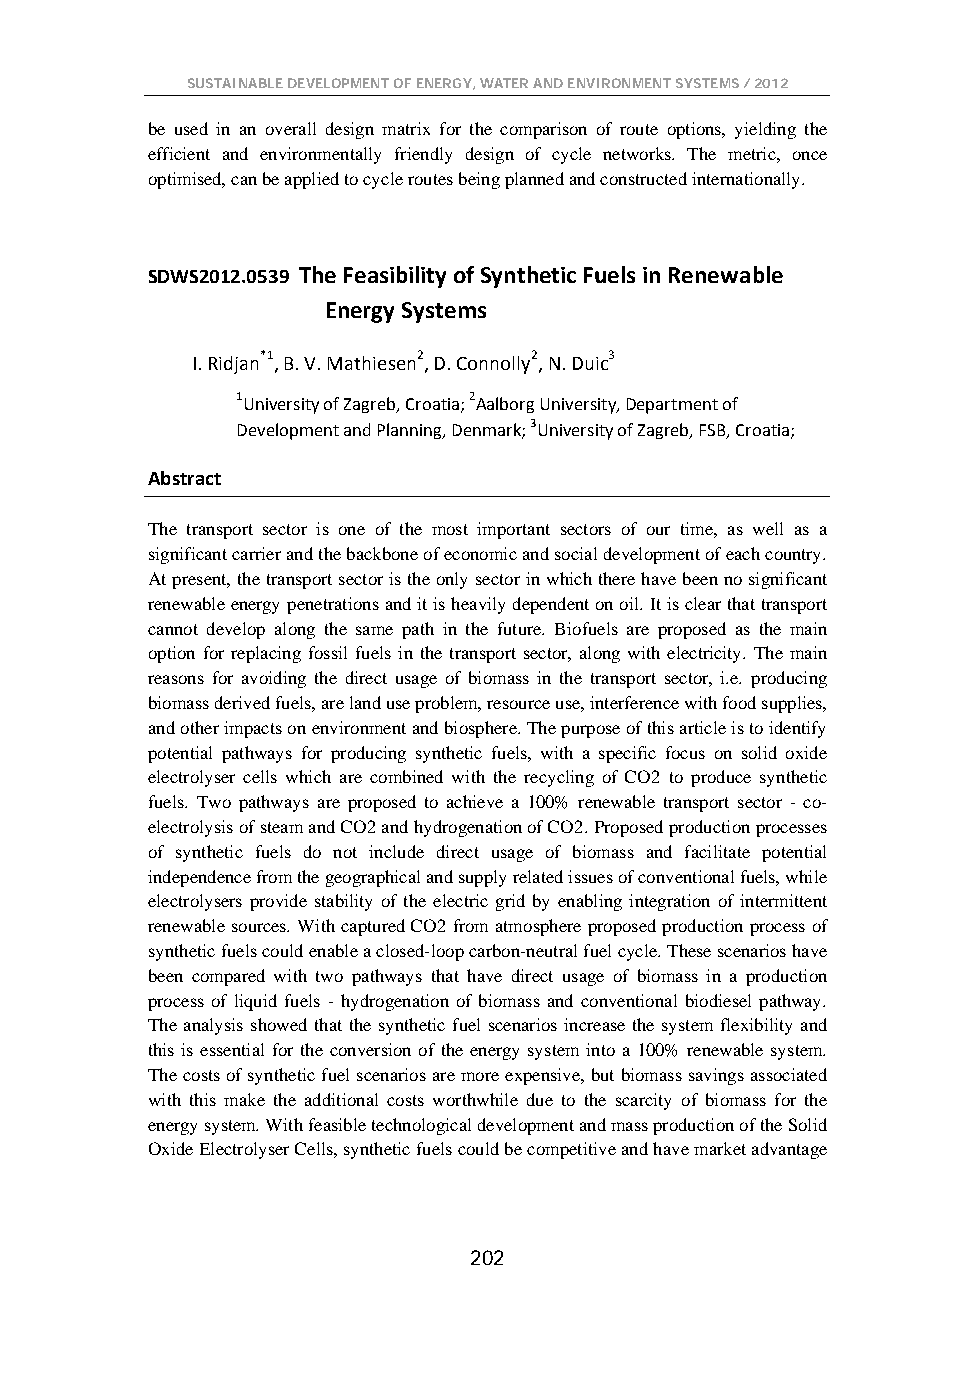
SUSTAINABLE DEVELOPMENT OF ENERGY, WATER AND ENVIRONMENT SYSTEMS / 2012
 be used in an overall design matrix for the comparison of route options, yielding the
 efficient and environmentally friendly design of cycle networks. The metric, once
 optimised, can be applied to cycle routes being planned and constructed internationally.
 SDWS2012.0539 The Feasibility of Synthetic Fuels in Renewable
 Energy Systems
 I. Ridjan*1, B. V. Mathiesen2, D. Connolly2, N. Duic3
 1University of Zagreb, Croatia; 2Aalborg University, Department of
 Development and Planning, Denmark; 3University of Zagreb, FSB, Croatia;
 Abstract
 The transport sector is one of the most important sectors of our time, as well as a
 significant carrier and the backbone of economic and social development of each country.
 At present, the transport sector is the only sector in which there have been no significant
 renewable energy penetrations and it is heavily dependent on oil. It is clear that transport
 cannot develop along the same path in the future. Biofuels are proposed as the main
 option for replacing fossil fuels in the transport sector, along with electricity. The main
 reasons for avoiding the direct usage of biomass in the transport sector, i.e. producing
 biomass derived fuels, are land use problem, resource use, interference with food supplies,
 and other impacts on environment and biosphere. The purpose of this article is to identify
 potential pathways for producing synthetic fuels, with a specific focus on solid oxide
 electrolyser cells which are combined with the recycling of CO2 to produce synthetic
 fuels. Two pathways are proposed to achieve a 100% renewable transport sector - co-
 electrolysis of steam and CO2 and hydrogenation of CO2. Proposed production processes
 of synthetic fuels do not include direct usage of biomass and facilitate potential
 independence from the geographical and supply related issues of conventional fuels, while
 electrolysers provide stability of the electric grid by enabling integration of intermittent
 renewable sources. With captured CO2 from atmosphere proposed production process of
 synthetic fuels could enable a closed-loop carbon-neutral fuel cycle. These scenarios have
 been compared with two pathways that have direct usage of biomass in a production
 process of liquid fuels - hydrogenation of biomass and conventional biodiesel pathway.
 The analysis showed that the synthetic fuel scenarios increase the system flexibility and
 this is essential for the conversion of the energy system into a 100% renewable system.
 The costs of synthetic fuel scenarios are more expensive, but biomass savings associated
 with this make the additional costs worthwhile due to the scarcity of biomass for the
 energy system. With feasible technological development and mass production of the Solid
 Oxide Electrolyser Cells, synthetic fuels could be competitive and have market advantage
 202